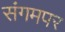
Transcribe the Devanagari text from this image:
संगमपर